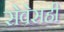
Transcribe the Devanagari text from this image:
सेवेसही